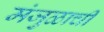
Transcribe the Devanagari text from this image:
मंजुळाची